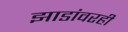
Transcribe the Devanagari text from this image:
झाडांवरही